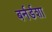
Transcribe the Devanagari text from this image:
बर्नर्डशा